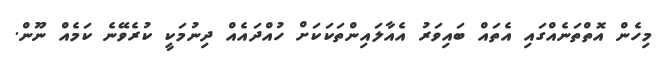
މިހެން އޮތްތަނެއްގައި އެތައް ބައިވަރު އެއާލައިންތަކަކަށް ހުއްދައެއް ދިނުމަކީ ކުރެވޭނެ ކަމެއް ނޫން.